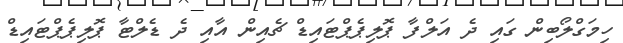
ހިމަގްލޯބިން ގައި ދެ އަލްފާ ޕޮލިޕެޕްޓައިޑް ޗެއިން އާއި ދެ ޑެލްޓާ ޕޮލިޕެޕްޓައިޑް